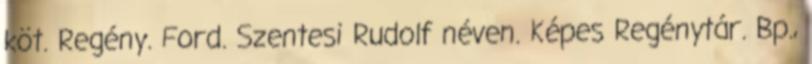
köt. Regény. Ford. Szentesi Rudolf néven. Képes Regénytár. Bp.,